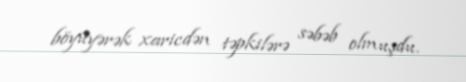
böyüyərək xaricdən təpkilərə səbəb olmuşdu.